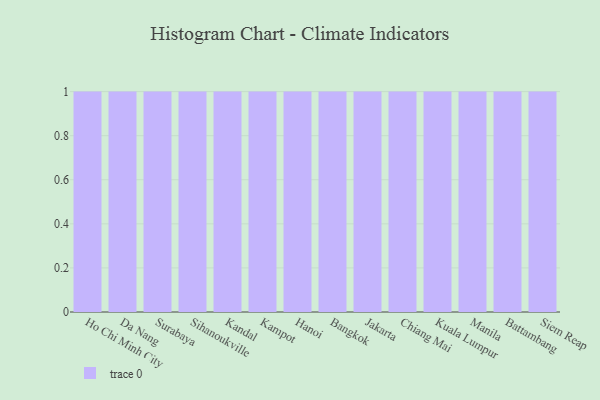
{"axis": {"x": "City", "y": "Latency (ms)"}, "legend": [""], "data": [{"x": "Ho Chi Minh City", "y": 95, "type": ""}, {"x": "Da Nang", "y": 46, "type": ""}, {"x": "Surabaya", "y": 36, "type": ""}, {"x": "Sihanoukville", "y": 98, "type": ""}, {"x": "Kandal", "y": 24, "type": ""}, {"x": "Kampot", "y": 48, "type": ""}, {"x": "Hanoi", "y": 62, "type": ""}, {"x": "Bangkok", "y": 26, "type": ""}, {"x": "Jakarta", "y": 17, "type": ""}, {"x": "Chiang Mai", "y": 5, "type": ""}, {"x": "Kuala Lumpur", "y": 72, "type": ""}, {"x": "Manila", "y": 69, "type": ""}, {"x": "Battambang", "y": 55, "type": ""}, {"x": "Siem Reap", "y": 6, "type": ""}]}